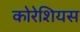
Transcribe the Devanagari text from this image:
कोरेशियस